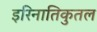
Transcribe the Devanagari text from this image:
इरिनातिकुतल